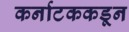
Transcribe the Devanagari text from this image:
कर्नाटककडून